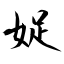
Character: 娖